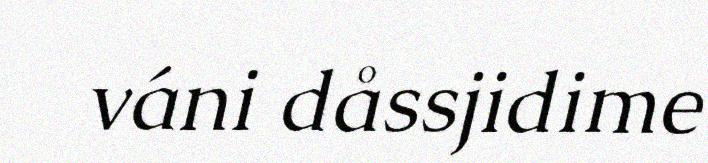
váni dåssjidime